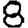
Digit: 8